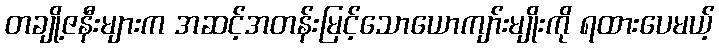
တချို့ဇနီးများက အဆင့်အတန်းမြင့်သောယောကျာ်းမျိုးကို ရထားပေမယ့်